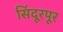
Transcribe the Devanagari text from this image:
सिंदूरपूर